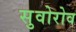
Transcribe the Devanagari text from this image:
सुवोरोव